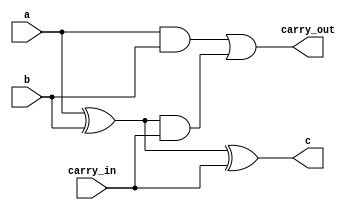
module adder(
    input a,
    input b,
    input carry_in,
    output c,
    output carry_out
);

assign carry_out = (a & b) | ((a ^ b) & carry_in);
assign c = (a ^ b) ^ carry_in;

endmodule